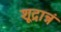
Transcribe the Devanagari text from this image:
शूद्रान्नं